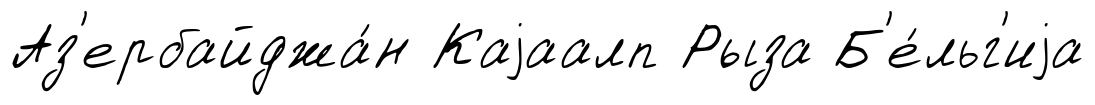
Аз'ербайджа́н Каjаалп Рыза Б'е́льг'иjа